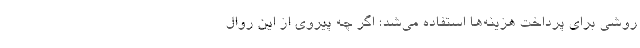
روشی برای پرداخت هزینه‌ها استفاده می‌شد؛ اگر چه پیروی از این روال